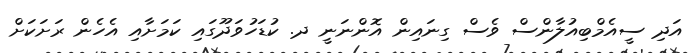
އަދި ސީއެމްބިއުލާންސް ވެސް ގިނައިން އޮންނަނީ ދ. ކުޑަހުވަދޫގައި ކަމަށާއި އެހެން ރަށަކަށް